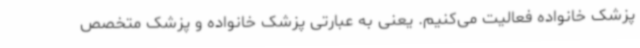
پزشک خانواده فعالیت می‌کنیم. یعنی به عبارتی پزشک خانواده و پزشک متخصص